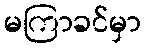
မကြာခင်မှာ